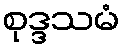
စုဒ္ဒသမံ